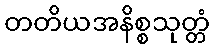
တတိယအနိစ္စသုတ္တံ